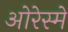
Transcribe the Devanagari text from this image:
ओरेस्मे